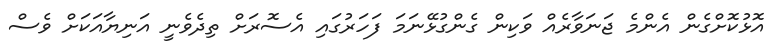
އޮޅުކޮށްގެން އެންމެ ޖަނަވާރެއް ވަކިން ގެންގުޅޭނަމަ ފަހަރުގައި އެސޮރަށް ތިދެވެނީ އަނިޔާއަކަށް ވެސް